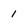
Character: 1